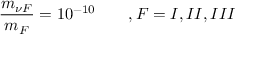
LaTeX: { \frac { m _ { \nu F } } { m _ { F } } } = 1 0 ^ { - 1 0 } \qquad , F = I , I I , I I I